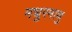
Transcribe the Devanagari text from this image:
मधुरमाणु